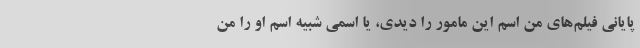
پایانی فیلم‌های من اسم این مامور را دیدی، یا اسمی شبیه اسم او را من